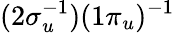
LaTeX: (2\sigma_{u}^{-1})(1\pi_{u})^{-1}